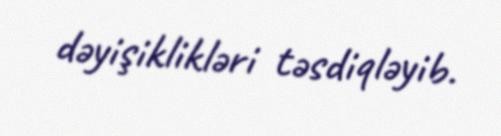
dəyişiklikləri təsdiqləyib.